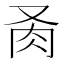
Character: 𦘬